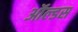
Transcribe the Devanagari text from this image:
ऑल्डस